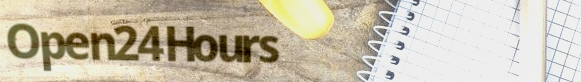
Open24Hours